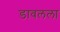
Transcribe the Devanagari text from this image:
डावलला